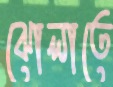
ঝোলাতে